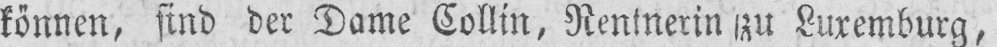
können, sind der Dame Collin, Rentnerin zu Luxemburg,